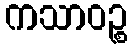
ကသာဝဉ္စ